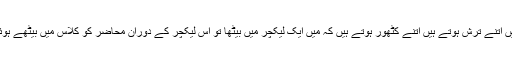
بعض لوگ اتنے سخت ہوتے ہیں اتنے ترش ہوتے ہیں اتنے کٹھور ہوتے ہیں کہ میں ایک لیکچر میں بیٹھا تو اس لیکچر کے دوران محاضر کو کلاس میں بیٹھے ہوئے ایک صاحب پر غصہ آ گیا۔